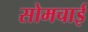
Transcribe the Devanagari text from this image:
सोमचाई